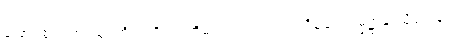
ဖြောင့်စွာ။ ကာယံ၊ ကိုယ်ကို။ ပဏိဓာယ၊ ထား၍။ ပရိမုခံ၊ ကမ္မဋ္ဌာန်းသို့ရှေ့ရှု။